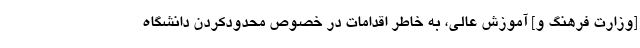
[وزارت فرهنگ و] آموزش عالی، به خاطر اقدامات در خصوص محدودکردن دانشگاه